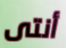
أنتى